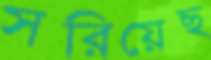
সরিয়েছ